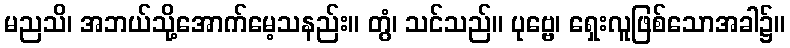
မညသိ၊ အဘယ်သို့အောက်မေ့သနည်း။ တွံ၊ သင်သည်။ ပုဗ္ဗေ၊ ရှေးလူဖြစ်သောအခါ၌။